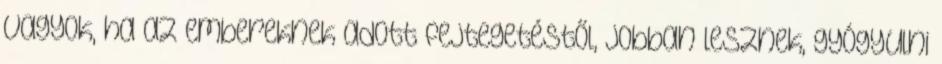
vagyok, ha az embereknek adott fejtegetéstől, jobban lesznek, gyógyulni